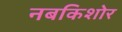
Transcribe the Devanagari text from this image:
नबकिशोर